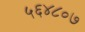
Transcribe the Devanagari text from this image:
५६४८०७